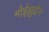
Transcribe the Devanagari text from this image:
मोईझुद्दीन